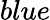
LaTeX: blue